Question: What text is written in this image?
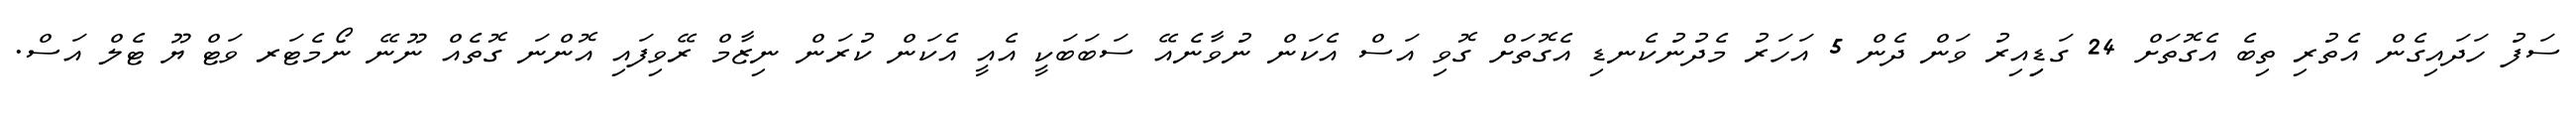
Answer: ސަފު ހަދައިގެން އެތުރި ތިބެ އެގޮތަށް 24 ގަޑިިއިރު ވަން ދެން 5 އަހަރު މެދުނުކެނޑި އެގޮތަށް ގޮވި އަސް އެކަން ނުވާނެއޭ ސަބަބަކީ އެއީ އެކަން ކުރަން ނިޒާމް ރޭވިފައި އޮންނަ ގޮތެއް ނޫނޭ ނޯމެޓަރ ވަޓް ޔޫ ޓެލް އަސް.